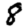
Digit: 8